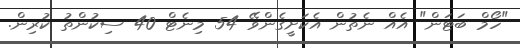
"ހޯމް ބަޓަން" އެއް ނެތުން އެކަށީގެންވޭ 54 މިނެޓް 40 ސިކުންތު ކުރިން.